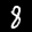
Label: 8